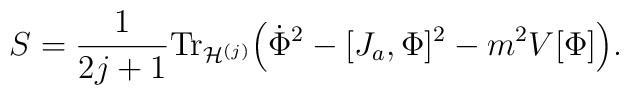
S=\frac{1}{2j+1}{\rm Tr}_{{\cal H}^{(j)}}\Big(\dot{\Phi}^2 - [J_a, \Phi]^2 -m^2 V[\Phi]\Big).